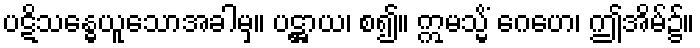
ပဋိသန္ဓေယူသောအခါမှ။ ပဋ္ဌာယ၊ စ၍။ ဣမသ္မိံ ဂေဟေ၊ ဤအိမ်၌။